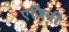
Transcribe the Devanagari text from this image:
एंजिनी